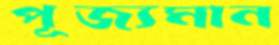
পূজ্যমান